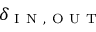
\delta _ { \mathrm { ~ I ~ N ~ } , \mathrm { ~ O ~ U ~ T ~ } }